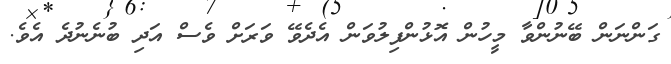
ގަންނަން ބޭނުންވާ މީހުން އޮޅުންފިލުވަން އެދެވޭ ވަރަށް ވެސް އަދި ބުނެނުދެ އެވެ.